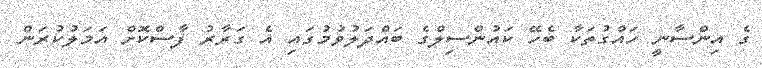
ގެ އިންސާނީ ހައްގުތަކާ ބެހޭ ކައުންސިލްގެ ބައްދަލުވުމުގައި އެ ގަރާރު ފާސްކޮށް އަމަލުކުރަން